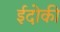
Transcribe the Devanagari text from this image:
ईदोकी